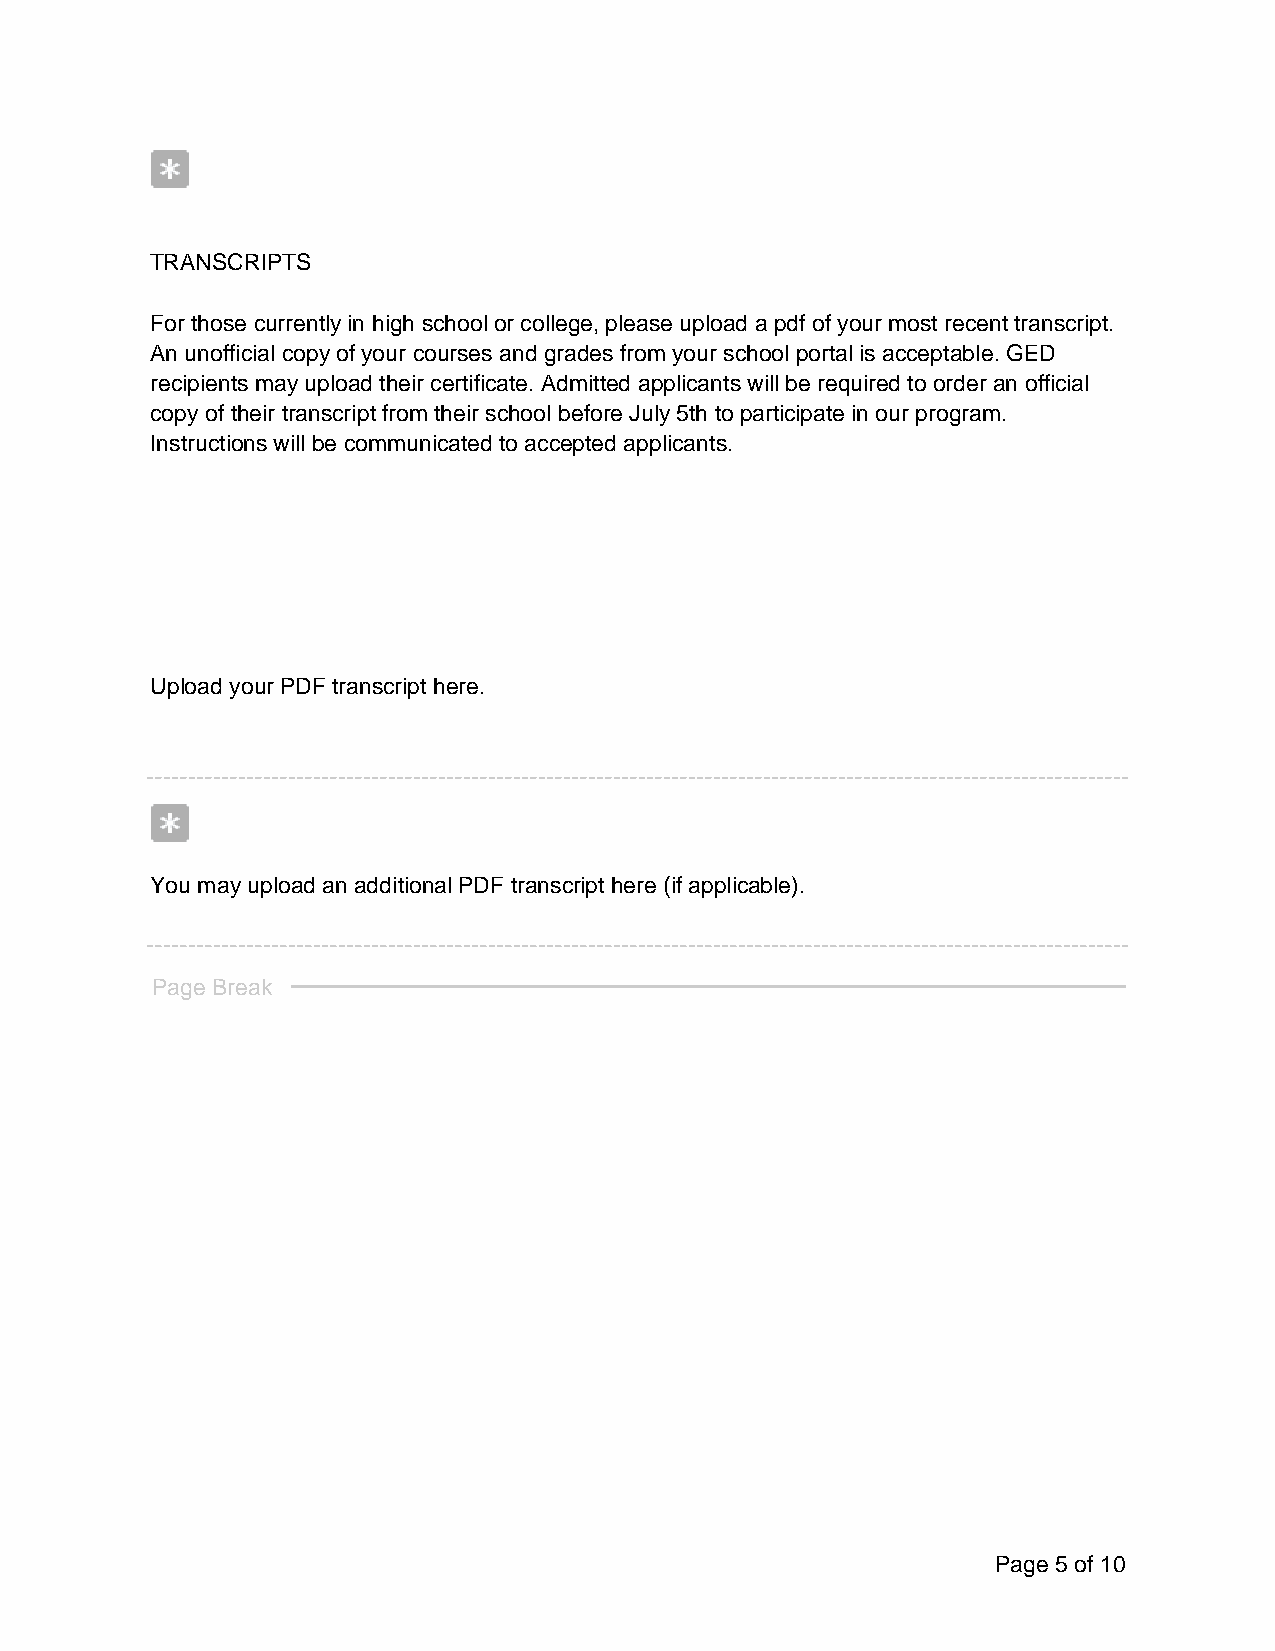
TRANSCRIPTS
 For those currently in high school or college, please upload a pdf of your most recent transcript.
 An unofficial copy of your courses and grades from your school portal is acceptable. GED
 recipients may upload their certificate. Admitted applicants will be required to order an official
 copy of their transcript from their school before July 5th to participate in our program.
 Instructions will be communicated to accepted applicants.
 Upload your PDF transcript here.
 You may upload an additional PDF transcript here (if applicable).
 Page Break
 Page 5 of 10